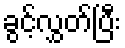
ခွင့်လွှတ်ပြီး